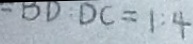
- B D : D C = 1 : 4